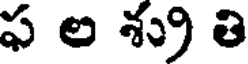
ఫ ల శ్రు తి